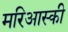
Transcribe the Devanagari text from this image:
मरिआस्की